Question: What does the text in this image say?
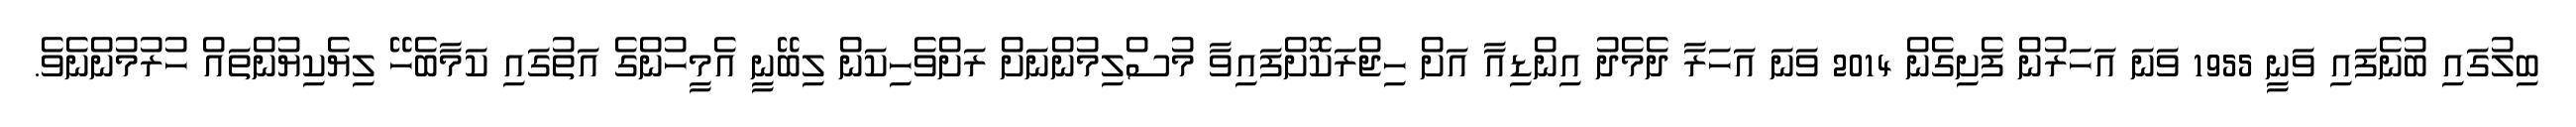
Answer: ބިލުގައި ބުނެފައި ވަނީ 1955 ވަނަ އަހަރުން ފެށިގެން 2014 ވަނަ އަހަރާ ދެމެދު އިންޑިއާ އަށް ހިޖްރަކޮށްފައިވާ މުސްލިމުންނަށް ރަށްވެހިކަން ލިބޭނީ އެމީހުންގެ އަތުގައި ކަމާބެހޭ ލިޔެކިޔުންތައް ހުރުމުންނެވެ.